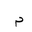
Letter: _mim